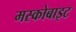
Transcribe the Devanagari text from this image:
मस्कोबाइट